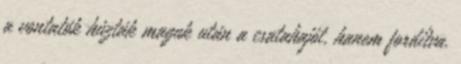
a vontatók húzták maguk után a csatahajót, hanem fordítva.